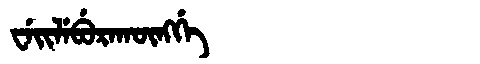
Manchu: ᠸᡝᡳᠯᡝᠪᡠᡵᠠᡴᡡᠩᡤᡝ
Romanization: WEILEBURAKŪNGGE